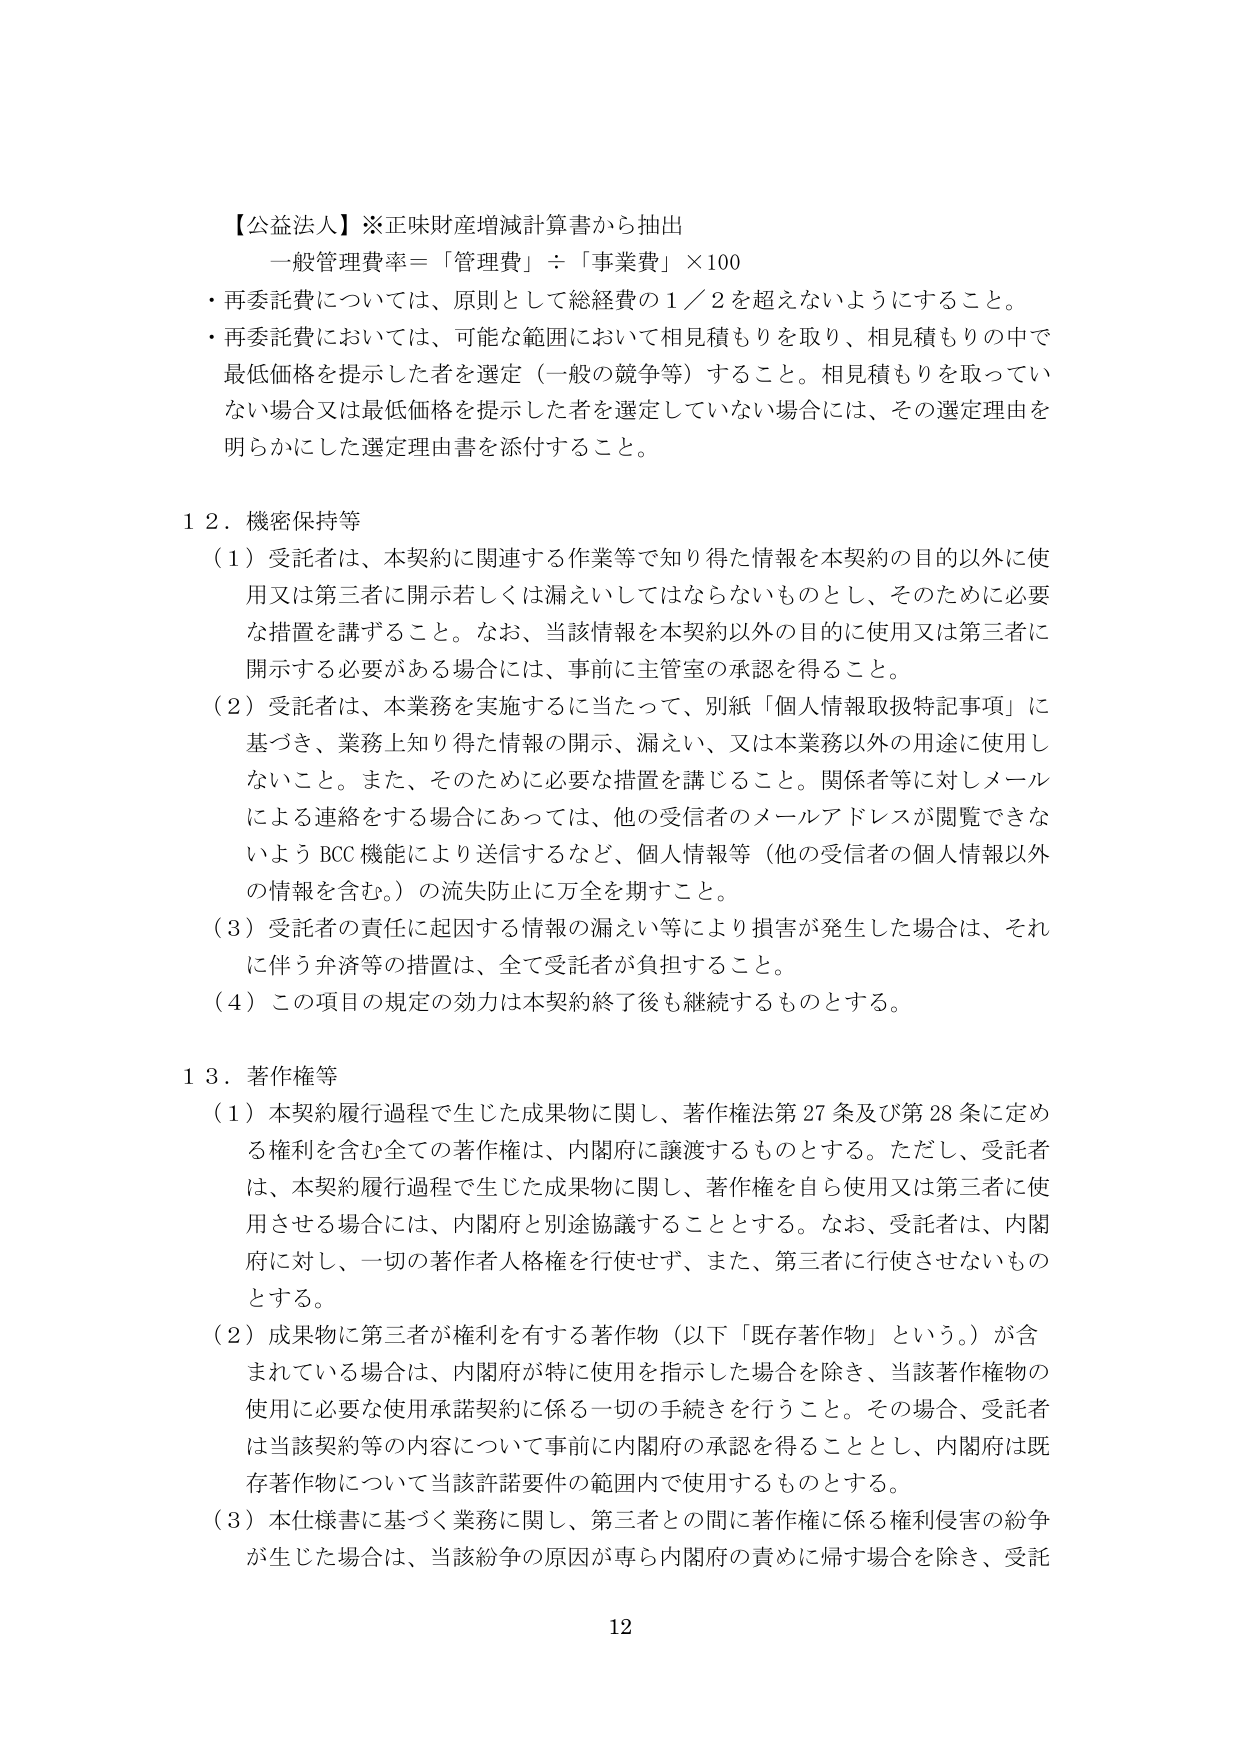
【公益法人】※正味財産増減計算書から抽出
一般管理費率＝「管理費」÷「事業費」×100
・再委託費については、原則として総経費の1／2を超えないようにすること。
・再委託費については、可能な範囲において相見積もりを取り、相見積もりの中で最低価格を提示した者を選定（一般の競争等）すること。相見積もりを取っていない場合又は最低価格を提示した者を選定していない場合には、その選定理由を明らかにした選定理由書を添付すること。

１２．機密保持等
（１）受託者は、本契約に関連する作業等で知り得た情報を本契約の目的以外に使用又は第三者に開示若しくは漏えいしてはならないものとし、そのためになecessaryな措置を講ずること。なお、当該情報を本契約以外の目的に使用又は第三者に開示する必要がある場合には、事前に主管室の承認を得ること。
（２）受託者は、本業務を実施するに当たって、別紙「個人情報取扱特記事項」に基づき、業務上知り得た情報の開示、漏えい、又は本業務以外の用途に使用しないこと。また、そのためになecessaryな措置を講じること。関係者等に対しメールによる連絡をする場合にあっては、他の受信者のメールアドレスが閲覧できないようBCC機能により送信するなど、個人情報等（他の受信者の個人情報以外の情報を含む。）の流失防止に万全を期すこと。
（３）受託者の責任に起因する情報の漏えい等により損害が発生した場合は、それに伴う弁済等の措置は、全て受託者が負担すること。
（４）この項目の規定の効力は本契約終了後も継続するものとする。

１３．著作権等
（１）本契約履行過程で生じた成果物に関し、著作権法第27条及び第28条に定める権利を含む全ての著作権は、内閣府に譲渡するものとする。ただし、受託者は、本契約履行過程で生じた成果物に関し、著作権を自ら使用又は第三者に使用させる場合には、内閣府と別途協議することとする。なお、受託者は、内閣府に対し、一切の著作者人格権を行使せず、また、第三者に行使させないものとする。
（２）成果物に第三者が権利を有する著作物（以下「既存著作物」という。）が含まれている場合は、内閣府が特に使用を指示した場合を除き、当該著作物の使用に必要な使用承諾契約に係る一切の手続きを行うこと。その場合、受託者は当該契約等の内容について事前に内閣府の承認を得ることとし、内閣府は既存著作物について当該許諾要件の範囲内で使用するものとする。
（３）本仕様書に基づく業務に関し、第三者との間に著作権に係る権利侵害の紛争が生じた場合は、当該紛争の原因が専ら内閣府の責めに帰す場合を除き、受託

12